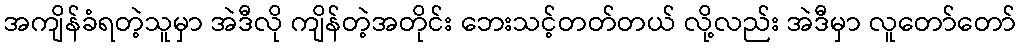
အကျိန်ခံရတဲ့သူမှာ အဲဒီလို ကျိန်တဲ့အတိုင်း ဘေးသင့်တတ်တယ် လို့လည်း အဲဒီမှာ လူတော်တော်